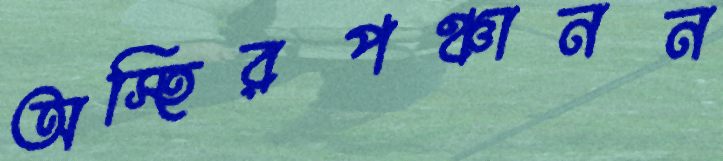
অস্হিরপঞ্চানন